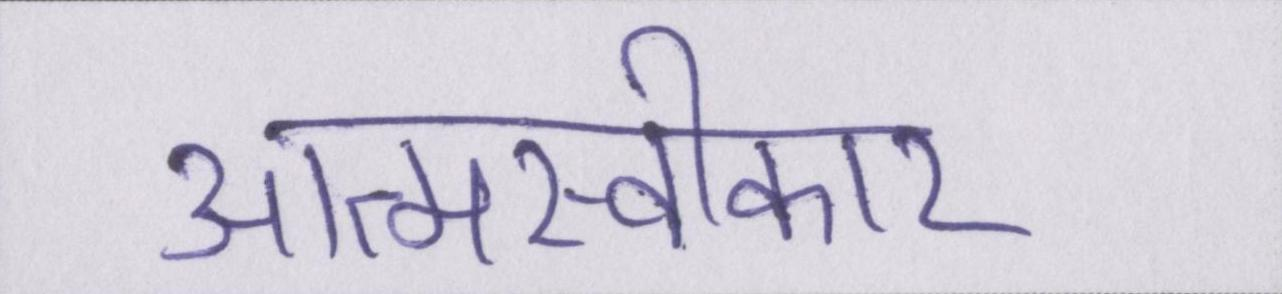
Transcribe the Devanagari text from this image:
आत्मस्वीकार